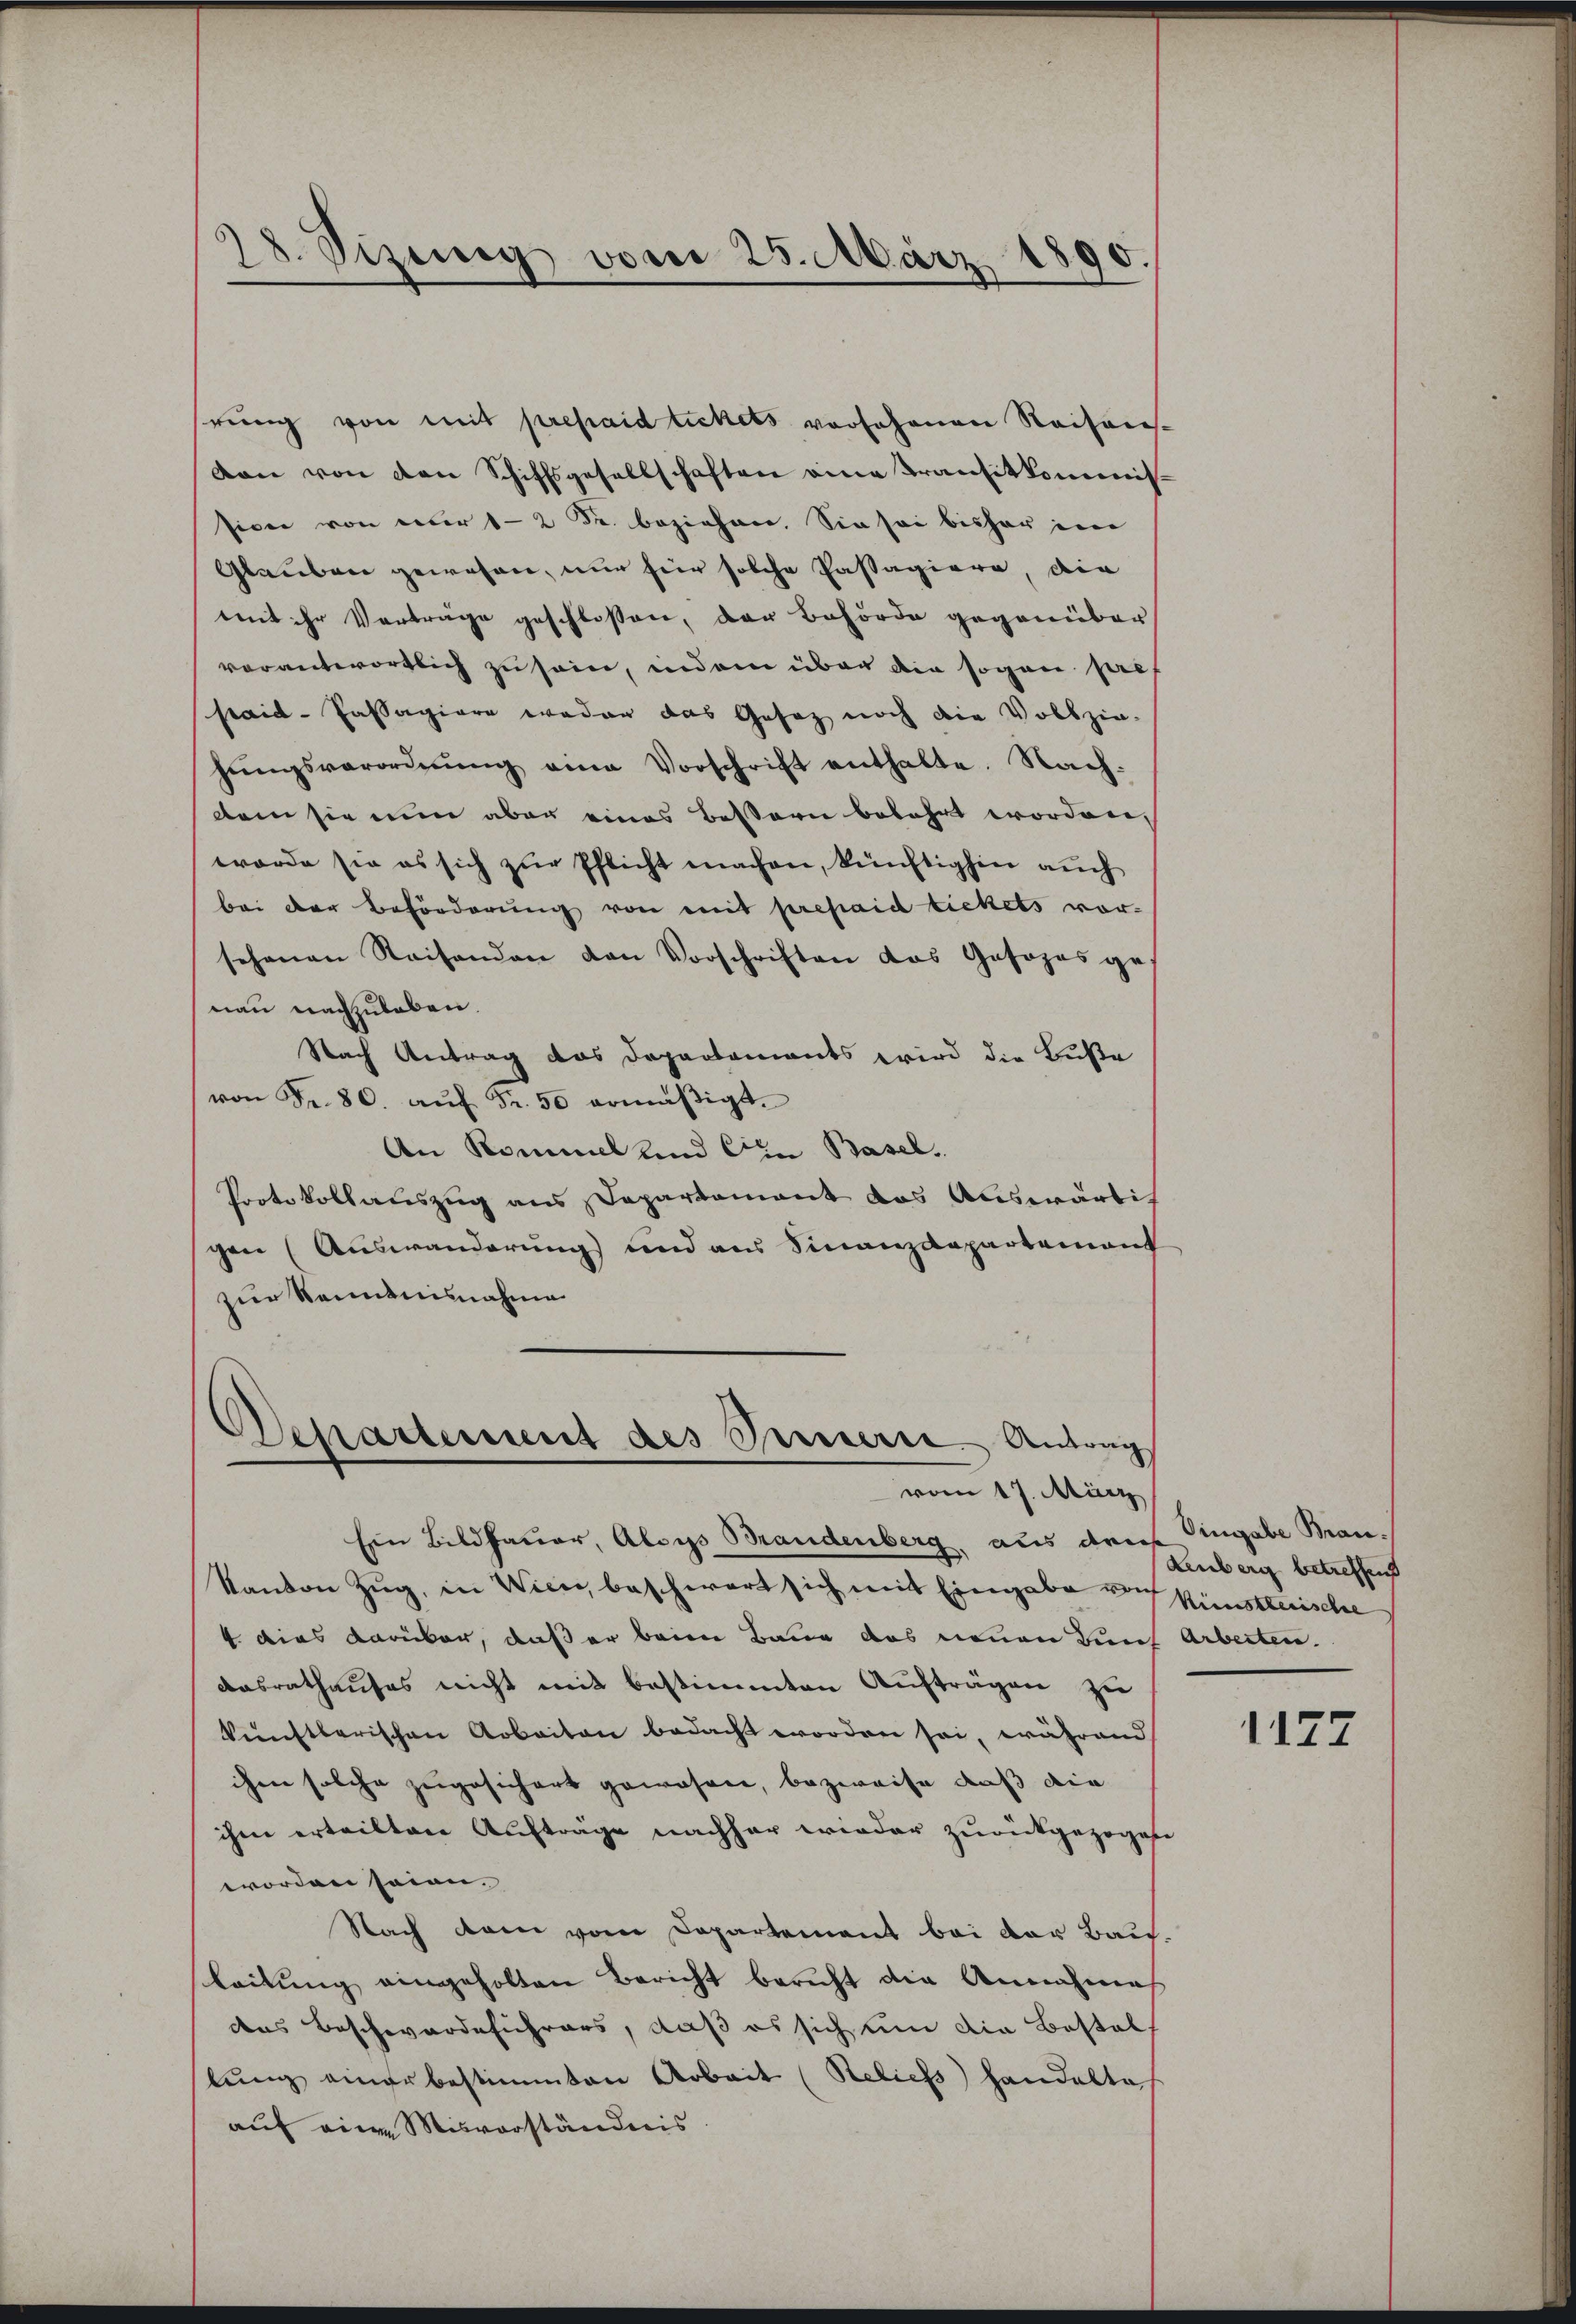
28. Sizung vom 25. März 1890.

hrung von mit prepaidtickets vor Johanen Reisens-
ven von den Schiffsgesellschaften eine Transitkommis-
sion von nur 12 Fr. beziehen. Sie sei bisher in
Glauben gewesen, nur für solche Passagiere, die
mit ihr Vorträge geschlossen, der Behörde gegenüber
verantwortlich zu sei, indem über die sogan pref
paid-Passagiere weder das Gesetz noch die Vollzie-
hŭngsverordnŭng eine Vorschrift enthalte. Nach-
dem sie nun aber eines Bessern befahrt worden,
worde sie es sich zur Pflicht machen, künftighin auch
bei der Beförderung von mit prepaich tickets vor-
sehenen Reisenden den Vorschriften das Josohrs ge-
nau nachzuleben.
Nach Antrag das Departements wird die Buße
von Fr. 80. aŭf Fr. 50 ermäβigt.
An Rommel und Ein Basel.
Protokollauszug aus Departement das Auswärtig
gen (Auswanderung und aus Finanzdepartement
zur Kenntnisnahme

Departement des Innern Antrag
vom 17. März

Ein Bildhauer, Aloys Brandenberg, aus dries Eingabe Man¬
Kanton Zug, in Wien, beschwert sich mit Eingabe von Künstlerische
4 dies darüber, daß er beim Baue das neuen Bünf Arbeiten.
Aasrathauses nicht mit bestimmten Aufträgen zu
künstlerischen Arbeiten bedacht worden sei, während
ihne solche zugesichert gewesen, bezweife, daß die
ihm erteilten Aufträge nachher wieder zurückgezogene
worden seien.
Nach dem vom Departement bei der Bauleitung eingeholten Bericht bericht die Annahmes
das Beschwerdeführers, daß es sich um die Bostol
lŭng einer bestimmten Arbeit (Reliefs handelte
auf eine Misvorständnis

Lenberg betreffend

1177